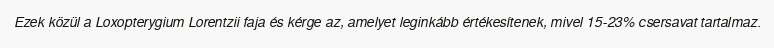
Ezek közül a Loxopterygium Lorentzii faja és kérge az, amelyet leginkább értékesítenek, mivel 15-23% csersavat tartalmaz.